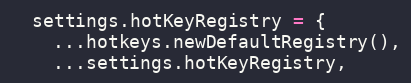
Language: JavaScript
  settings.hotKeyRegistry = {
    ...hotkeys.newDefaultRegistry(),
    ...settings.hotKeyRegistry,